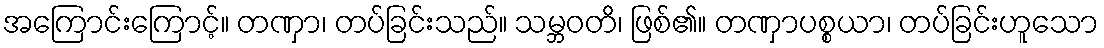
အကြောင်းကြောင့်။ တဏှာ၊ တပ်ခြင်းသည်။ သမ္ဘဝတိ၊ ဖြစ်၏။ တဏှာပစ္စယာ၊ တပ်ခြင်းဟူသော